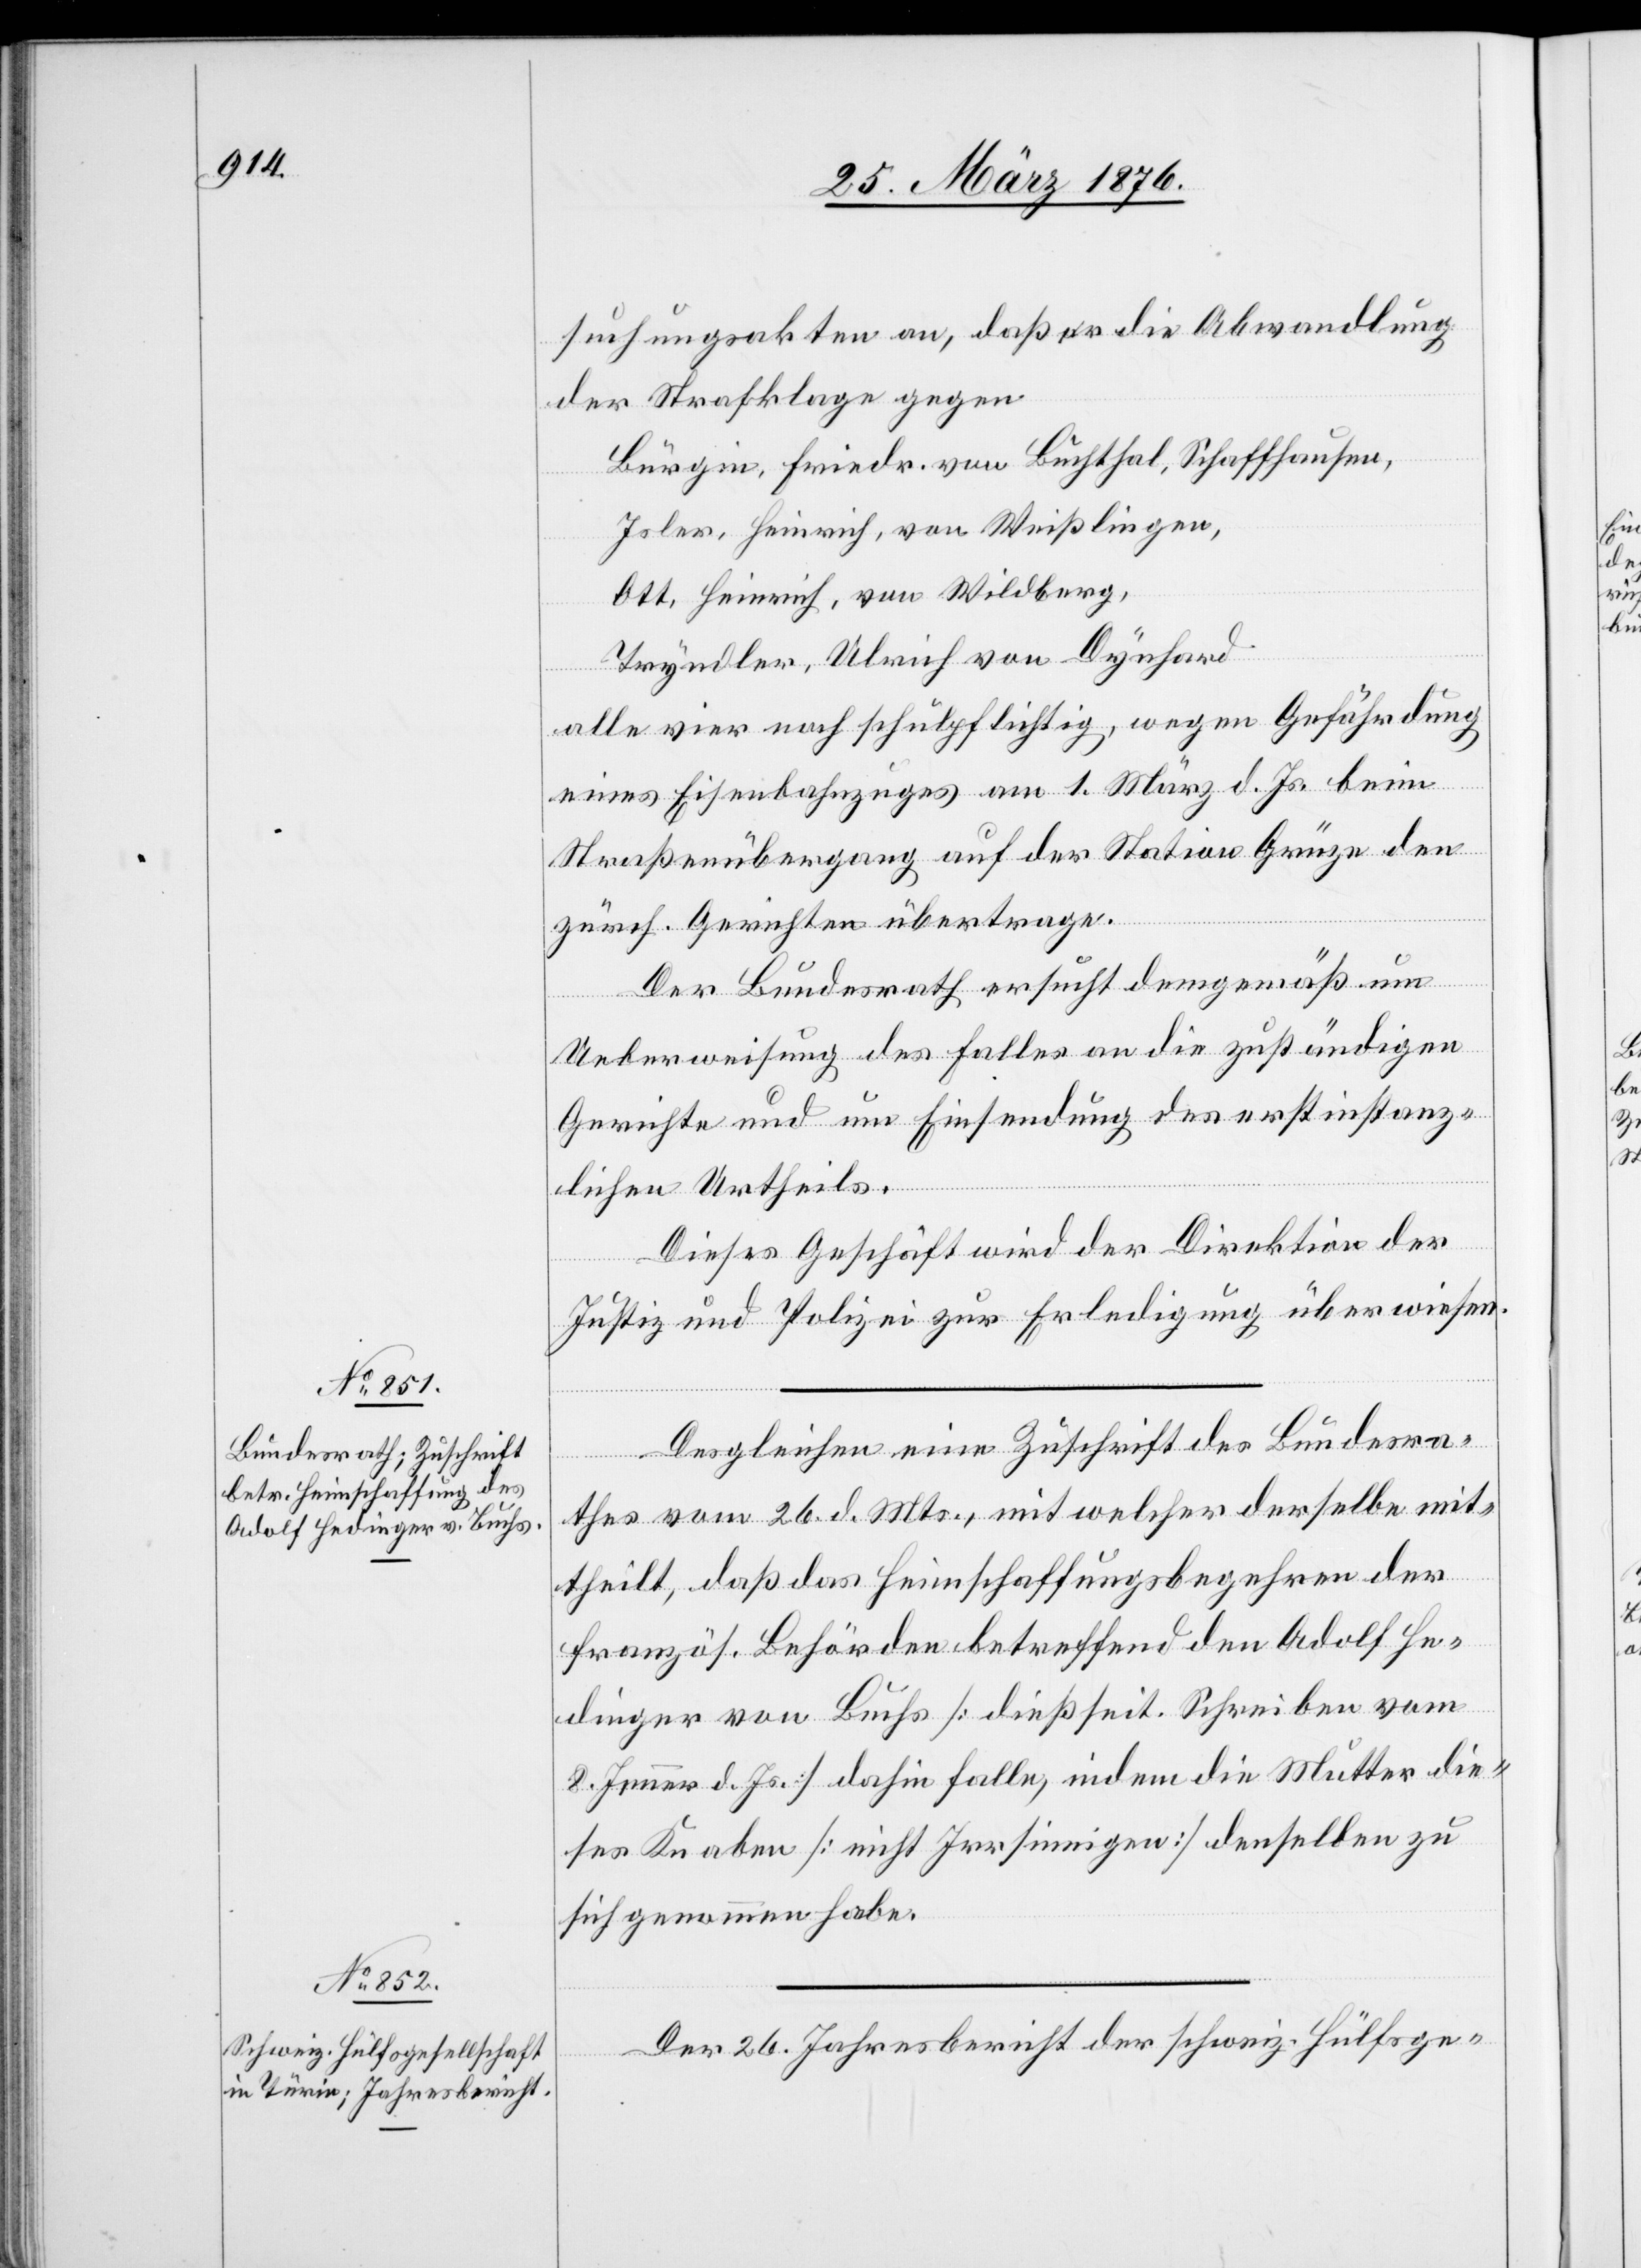
28. März 1876.]
suchungsakten an, daß er die Abwandlung
der Strafklage gegen
Bürgin, Friedr. von Buchthal, Schaffhausen,
Ott. Heinrich, von Wildberg,
Tryndler, Ulrich von Dynhard
alle vier noch schulpflichtig, wegen Gefährdung
Is¬
eines Eisenbahnzuges am 1. März d. Js. beim
Straßenübergang auf der Station Grüze den
zürch. Gerichten übertrage.
Der Bundesrath ersucht demgemäß um
Ueberweisung des Falles an die zuständigen
Gerichte und um Einsendung des erstinstanz¬
lichen Urtheils.
Dieses Geschäft wird der Direktion der
Justiz und Polizei zur Erledigung überwiesen.
Desgleichen eine Zuschrift des Bundesra¬
thes vom 26. d. Mts., mit welcher derselbe mit¬
theilt, daß das Heimschaffungsbegehren der
französ. Behörden betreffend den Adolf He¬
dinger von Buchs [dießseit. Schreiben vom
8. Jenner d. Js.] dahin falle, indem die Mutter die¬
ses Knaben [nicht Irrsinnigen] denselben zu
sich genommen habe.
Der 26. Jahresbericht der schweiz. Hülfsge-